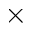
\times